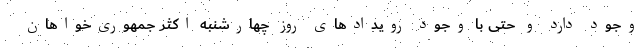
وجود دارد و حتی با وجود رویدادهای روز چهارشنبه اکثر جمهوری‌خواهان